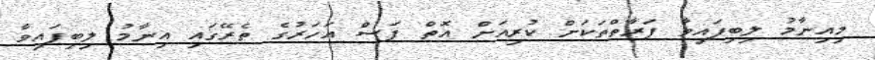
މިއިނާމު ލިބިފައިވާ ފަރާތްތަކަށް ކުރިއަށް އޮތް ފަސް އަހަރުގެ ތެރޭގައި އިނާމު ލިބިފައިވާ